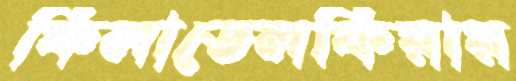
ফিলাডেলফিয়ায়